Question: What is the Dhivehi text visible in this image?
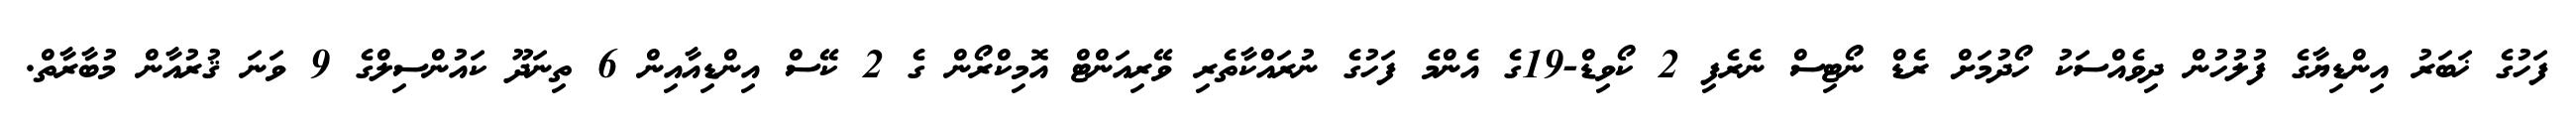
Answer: ފަހުގެ ޚަބަރު އިންޑިޔާގެ ފުލުހުން ދިވެއްސަކު ހޯދުމަށް ރެޑް ނޯޓިސް ނެރެފި 2 ކޯވިޑް-19ގެ އެންމެ ފަހުގެ ނުރައްކާތެރި ވޭރިއަންޓް އޮމިކްރޯން ގެ 2 ކޭސް އިންޑިއާއިން 6 ތިނަދޫ ކައުންސިލްގެ 9 ވަނަ ޤުރުއާން މުބާރާތް.